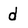
Character: d